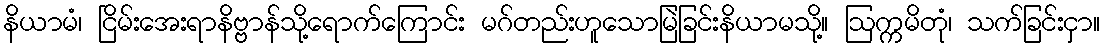
နိယာမံ၊ ငြိမ်းအေးရာနိဗ္ဗာန်သို့ရောက်ကြောင်း မဂ်တည်းဟူသောမြဲခြင်းနိယာမသို့။ ဩက္ကမိတုံ၊ သက်ခြင်းငှာ။